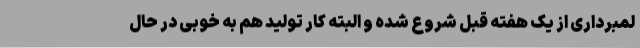
لمبرداری از یک هفته قبل شروع شده و البته کار تولید هم به خوبی در حال